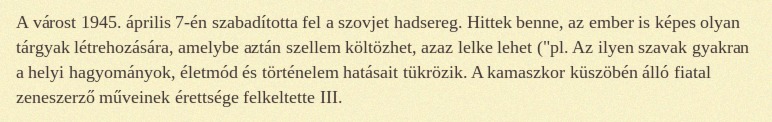
A várost 1945. április 7-én szabadította fel a szovjet hadsereg. Hittek benne, az ember is képes olyan tárgyak létrehozására, amelybe aztán szellem költözhet, azaz lelke lehet ("pl. Az ilyen szavak gyakran a helyi hagyományok, életmód és történelem hatásait tükrözik. A kamaszkor küszöbén álló fiatal zeneszerző műveinek érettsége felkeltette III.